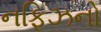
નફિઝનો